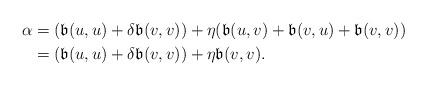
LaTeX: \begin{align*}\alpha &=(\mathfrak{b}(u,u)+\delta\mathfrak{b}(v,v))+\eta(\mathfrak{b}(u,v)+\mathfrak{b}(v,u)+\mathfrak{b}(v,v))\\&=(\mathfrak{b}(u,u)+\delta\mathfrak{b}(v,v))+\eta\mathfrak{b}(v,v).\end{align*}